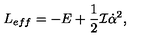
L _ { e f f } = - E + \frac { 1 } { 2 } { \cal I } \dot { \alpha } ^ { 2 } ,